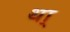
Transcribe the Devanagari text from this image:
था्